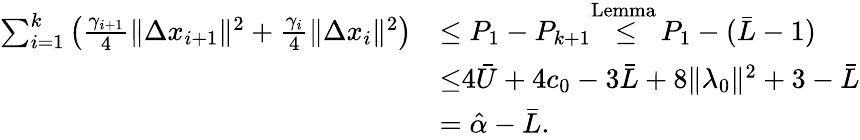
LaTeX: \begin{array}{rl}{\sum_{i=1}^{k}{\left(\frac{\gamma_{i+1}}{4}\| \Delta x_{i+1}\| ^{2}+\frac{\gamma_{i}}{4}\| \Delta x_{i}\| ^{2}\right)}}&{\leq P_{1}-P_{k+1}{\overset{{\mathrm{Lemma~}}}{\leq}}P_{1}-(\bar{L}-1)}\\ &{{\overset{}{\leq}}4\bar{U}+4c_{0}-3\bar{L}+8\| \lambda_{0}\| ^{2}+3-\bar{L}}\\ &{=\hat{\alpha}-\bar{L}.}\end{array}